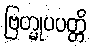
ဗြဟ္မုပပတ္တိ